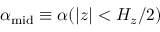
\alpha _ { \mathrm { m i d } } \equiv \alpha ( | z | < H _ { z } / 2 )